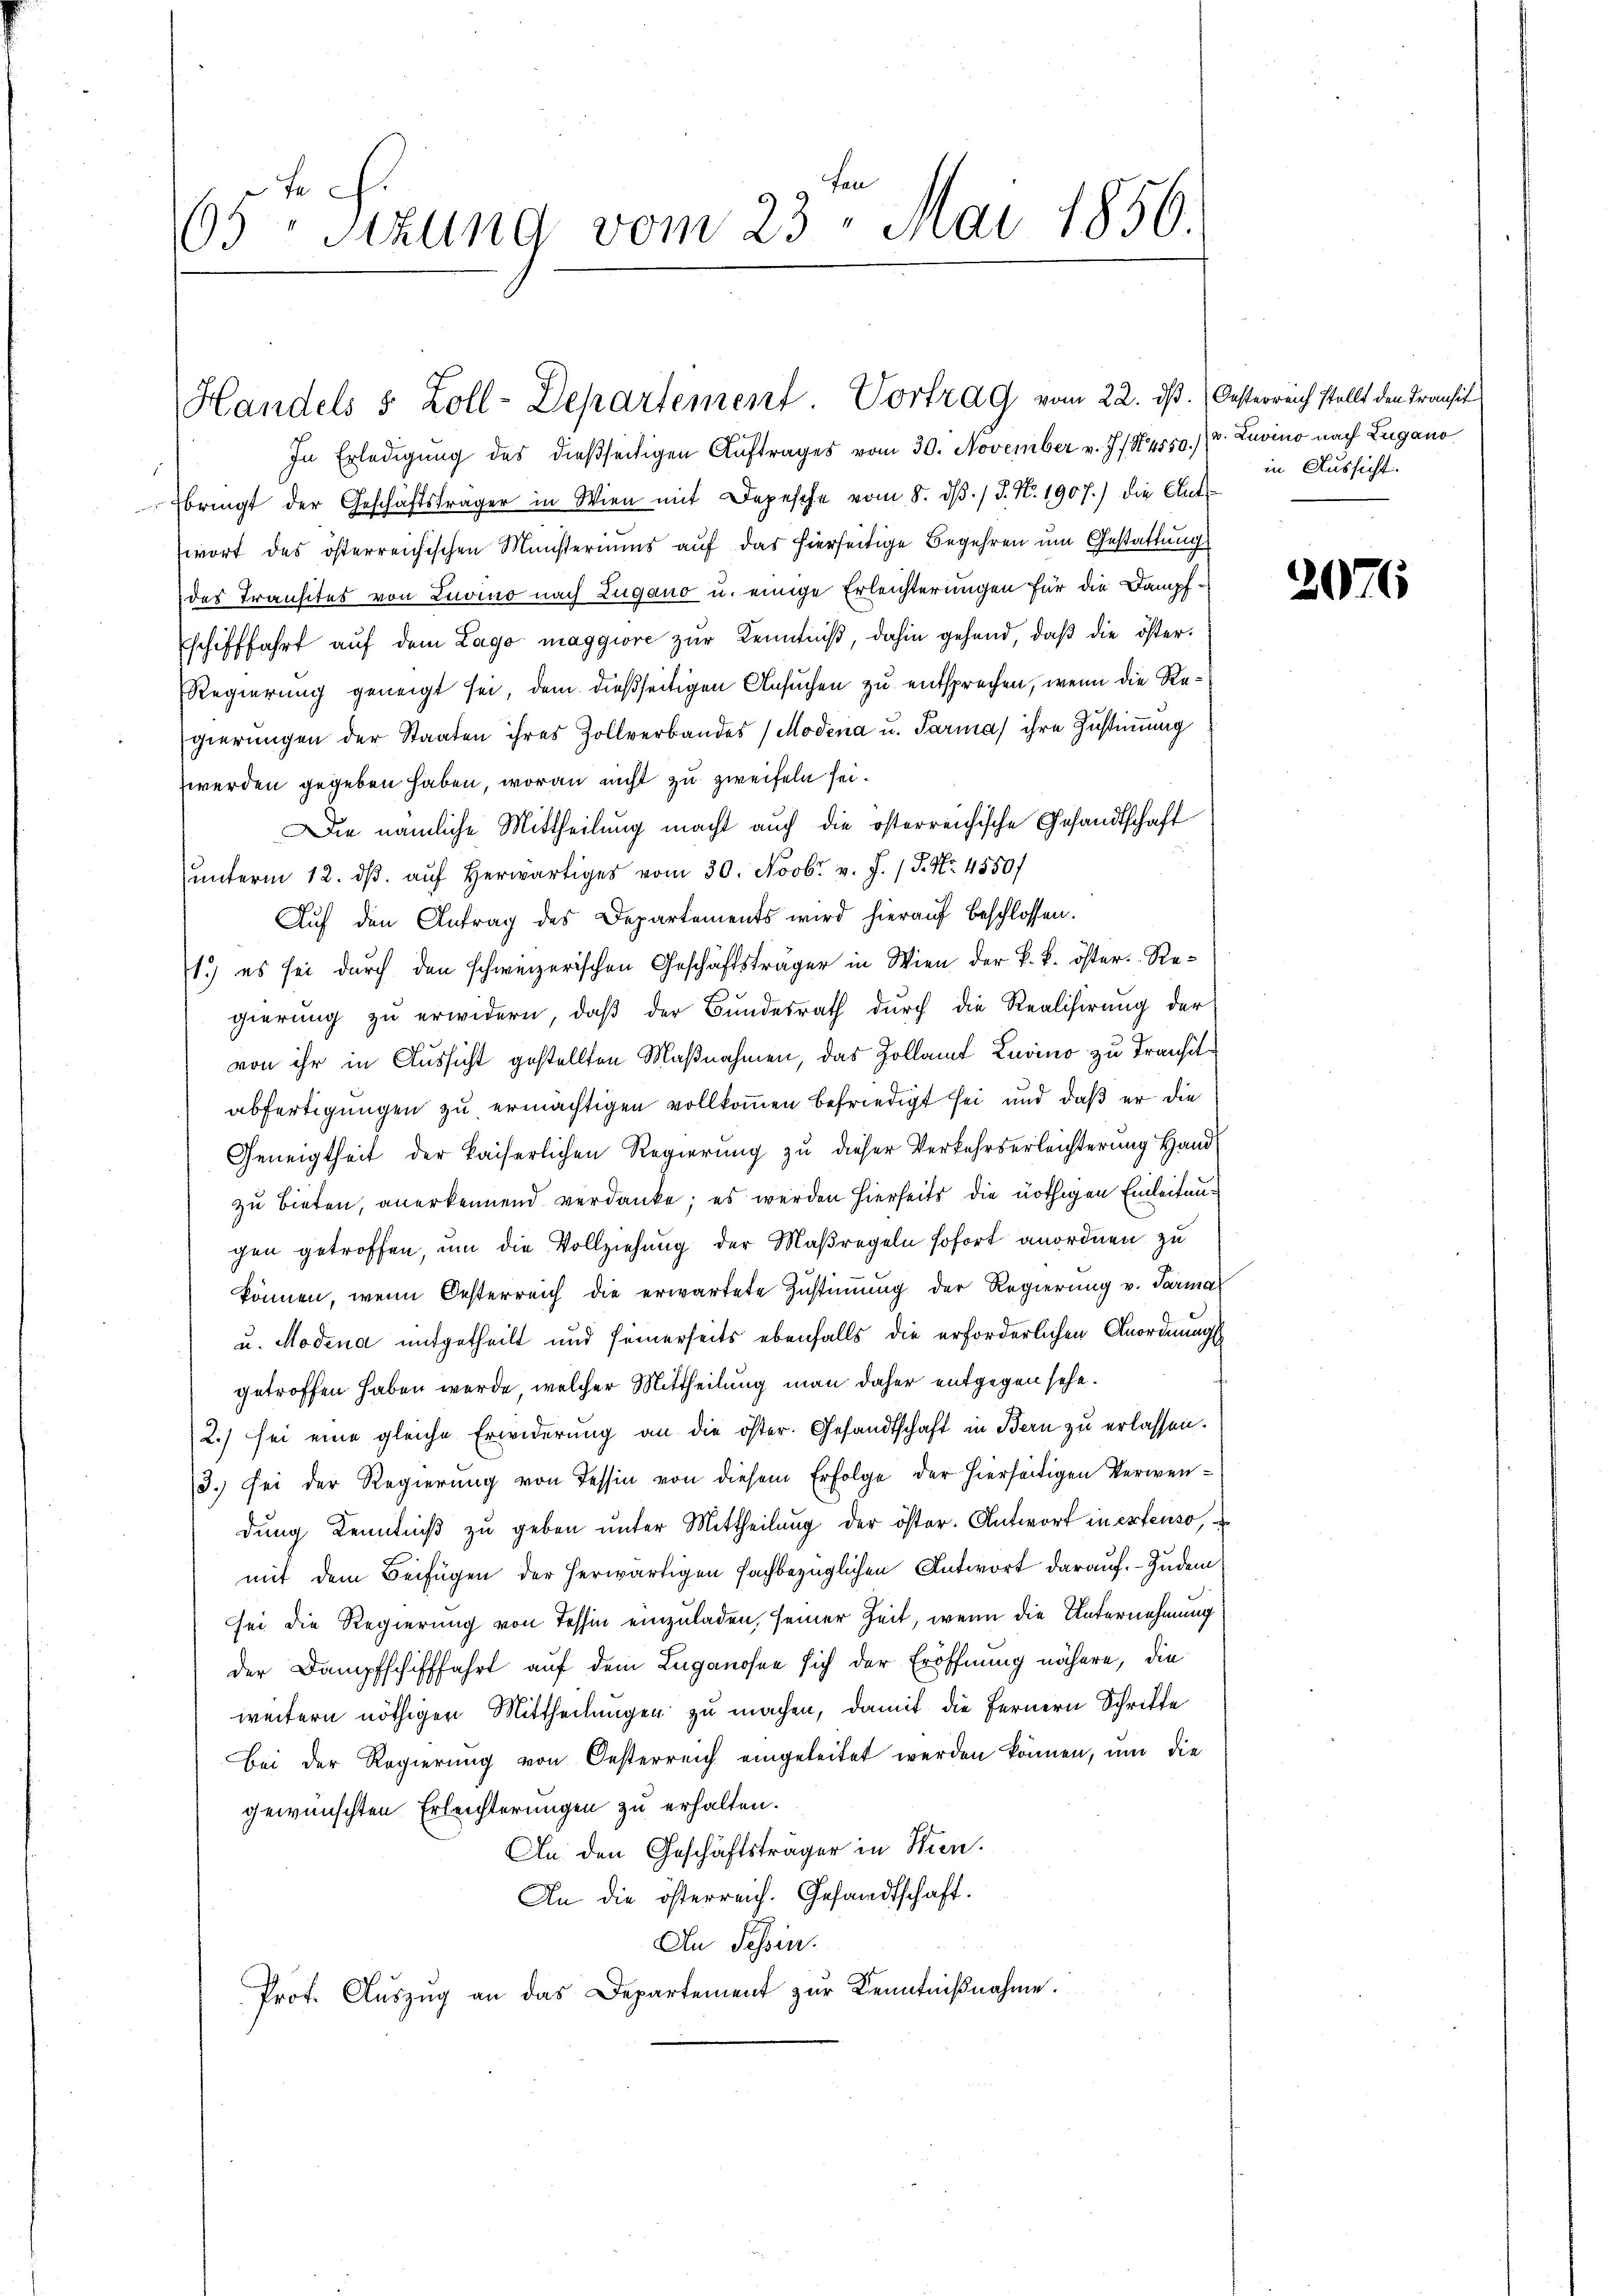
n

65 Sizung vom 23. Mai 1850.

In Erledigung des dießseitigen Auftrages vom 30. November v. J. /4550./2. Zuvino nach Zugano
bringt der Geschäftsträger in Wien mit Depesche vom 8. dβ. / J. N. 1907.) die Aut
wort des österreichischen Münsteriums auf das hierseitige Begehren um Gestattung
des Transites von Luomo nach Lugano u. einige Erleichterungen für die Dampf¬
Eschifffahrt auf dem Lago maggiore zur Kenntniß, dahin gehend, daß die öster¬
RRegierung geneigt sei, dem dießseitigen Ansuchen zu entsprechen, wenn die Regierungen der Staaten ihres Zollverbandes (Modena u. Parma) ihre Zustimmung
werden gegeben haben, woran nicht zu zweifeln sei.
Die nämliche Mittheilung macht auch die österreichische Gesandtschaft
ŭnterm 12. dβ aŭf herr vom 30. Novbr. v. J. P. Nr. 4550/
Auf den Antrag des Departements wird hierauf beschlossen.
1.) es sei durch den schweizerischen Geschäftsträger in Wien der k. k. öster-Regierung zŭ erwidern, daβ der Bundesrath durch die Realisirung der
von ihr in Aussicht gestellten Maßnahmen, das Zollamt Luino zu Transitabfertigungen zu ermächtigen vollkommen befriedigt sei und daß er die
Geneigtheit der kaiserlichen Regierung zu dieser Verkehrserleichterung Handzu bieten, anerkennend verdanke; es werden hierseits die nöthigen Einleitungen getroffen, um die Vollziehung der Maßregeln sofort anordnen zu
können, wenn Oesterreich die erwartete Zustimmung der Regierung v. Parmal
u. Modena mitgetheilt und seinerseits ebenfalls die erforderlichen Anordnungs
getroffen haben werde, welcher Mittheilung man daher entgegen sehe.
2.) sei eine gleiche Erwiderung an die öster. Gesandtschaft in Bern zu erlassen.
3. sei der Regierung von Tessin von diesem Erfolge der hierseitigen Verwendŭng Kenntniβ zŭ geben ŭnter Mittheilŭng der öster. Antwort in extenso,
mit dem Beifügen der herwärtigen fachbezüglichen Antwort darauf. Zudem
sei die Regierung von Tessin einzuladen, seiner Zeit, wenn die Unternehmung
der Dampfschifffahrt auf dem Luganohne sich der Eröffnung nähere, die
weitern nöthigen Mittheilungen zu machen, damit die Fernern Schrifte
bei der Regierung von Oesterreich eingeleitet werden können, um die
gewünschten Erleichterungen zu erhalten.
An den Geschäftsträger in Wien.
An die österreich. Gesandtschaft.
An Schen.
Prot. Aŭszŭg an das Departement zŭr Kenntnißnahme.

Handels 5 Zoll-Departement. Vortrag vom 22. dß. Oesterreich stellt den Transit

in Aussicht.

2076